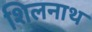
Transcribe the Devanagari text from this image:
शिलनाथ